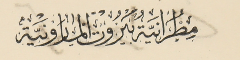
مطرانية بيروت المارونية